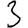
Digit: 3